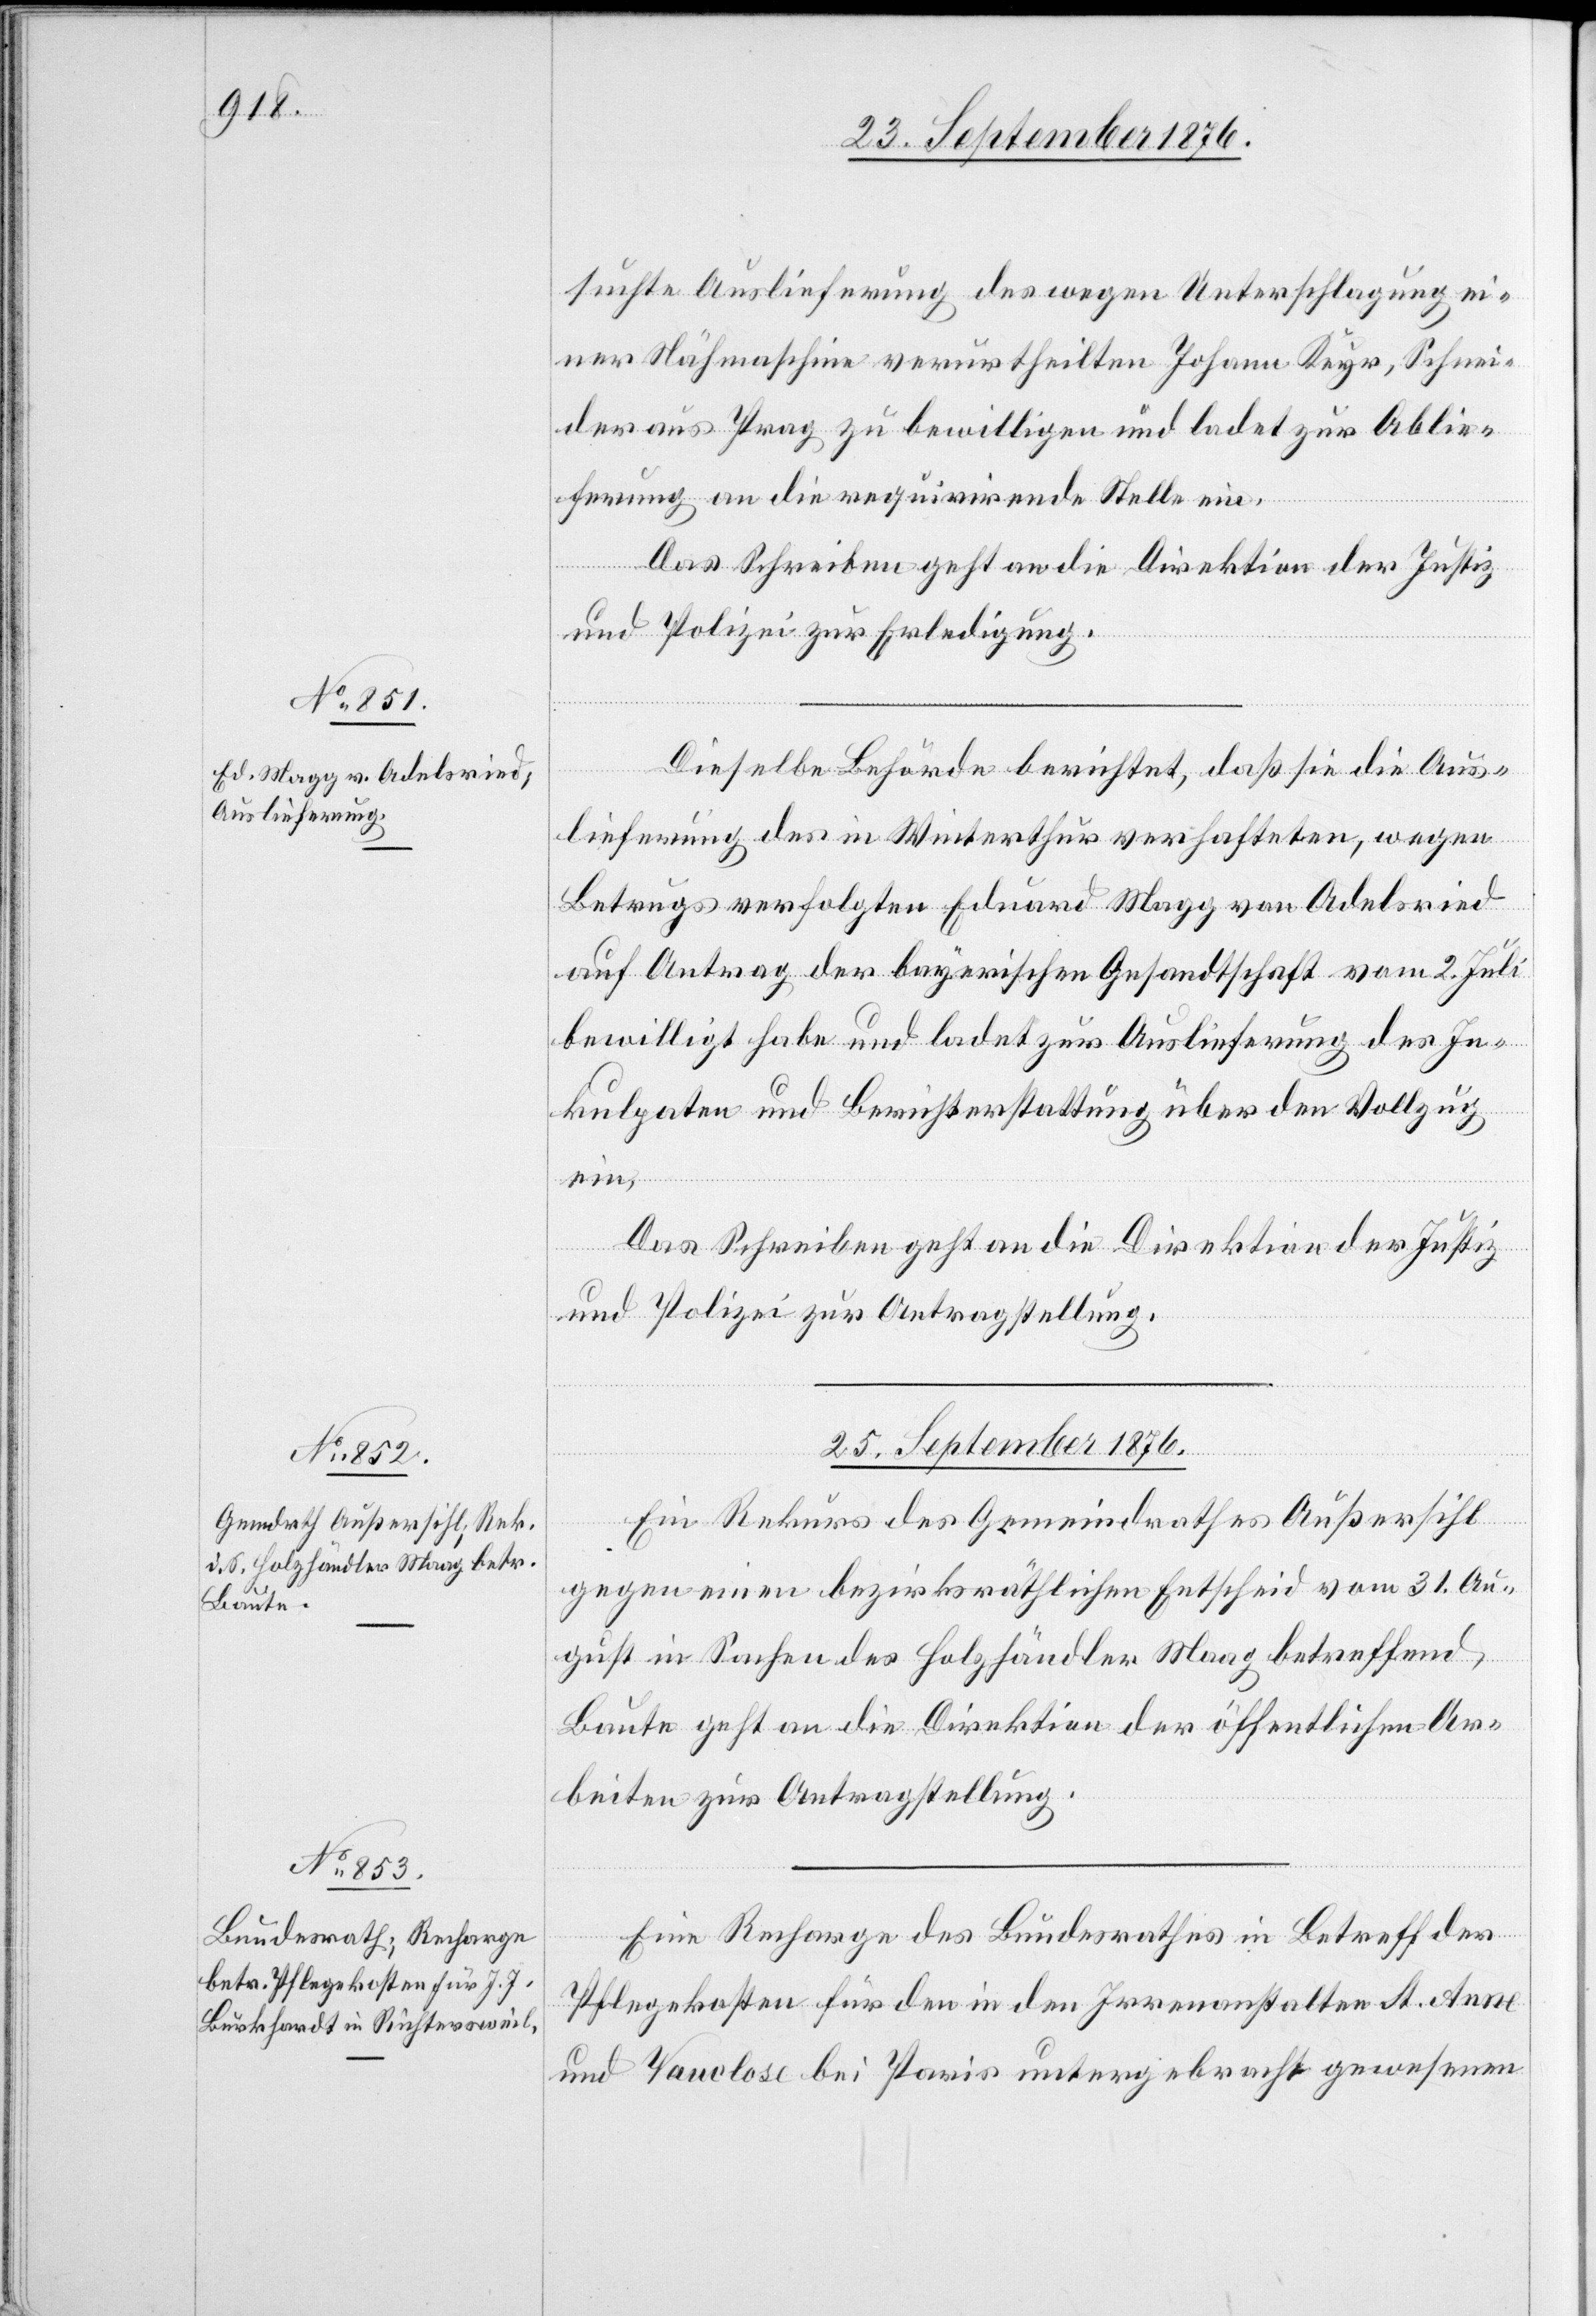
suchte Auslieferung des wegen Unterschlagung ei¬
ner Nähmaschine verurtheilten Johann Keyr, Schnei¬
der aus Prag zu bewilligen und ladet zur Ablie¬
ferung an die requirirende Stelle ein.
Das Schreiben geht an die Direktion der Justiz
und Polizei zur Erledigung.
Dieselbe Behörde berichtet, daß sie die Aus¬
lieferung des in Winterthur verhafteten, wegen
Betrugs verfolgten Eduard Magg von Adelsried
auf Antrag der bayerischen Gesandtschaft vom 2. Juli
bewilligt habe und ladet zur Auslieferung des In¬
kulpaten und Berichterstattung über den Vollzug
ein.
Das Schreiben geht an die Direktion der Justiz
und Polizei zur Antragstellung.
25. September 1876.]
Ein Rekurs des Gemeindrathes Außersihl
gegen einen bezirksräthlichen Entscheid vom 31. Au¬
gust in Sachen des Holzhändler Maag betreffend
Baute geht an die Direktion der öffentlichen Ar¬
beiten zur Antragstellung.
Eine Recharge des Bundesrathes in Betreff der
Pflegekosten für den in den Irrenanstalten St. Anne
und Vauclose bei Paris untergebracht gewesenen